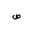
Letter: _sad